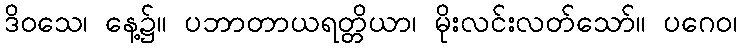
ဒိဝသေ၊ နေ့၌။ ပဘာတာယရတ္တိယာ၊ မိုးလင်းလတ်သော်။ ပဂေဝ၊